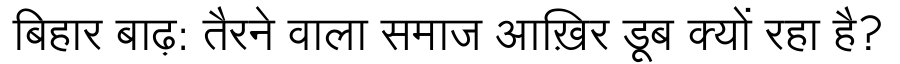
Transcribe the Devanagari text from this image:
बिहार बाढ़: तैरने वाला समाज आख़िर डूब क्यों रहा है?